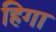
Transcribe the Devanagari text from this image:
हिगा